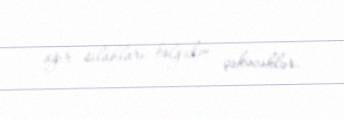
ağır silahları bölgədən çəkəcəklər.